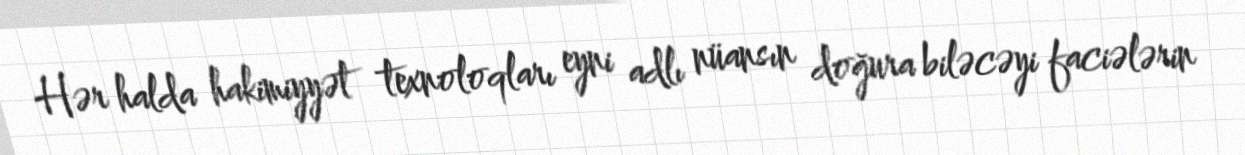
Hər halda hakimiyyət texnoloqları eyni adlı nüansın doğura biləcəyi faciələrin